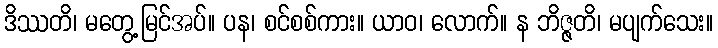
ဒိဿတိ၊ မတွေ့မြင်အပ်။ ပန၊ စင်စစ်ကား။ ယာဝ၊ လောက်။ န ဘိဇ္ဇတိ၊ မပျက်သေး။